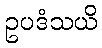
ဥပဒံသယိ